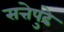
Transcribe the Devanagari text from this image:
सत्तेपुढे